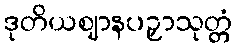
ဒုတိယဈာနပဉှာသုတ္တံ